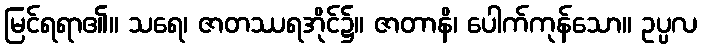
မြင်ရရာ၏။ သရေ၊ ဇာတဿရအိုင်၌။ ဇာတာနိ၊ ပေါက်ကုန်သော။ ဥပ္ပလ